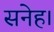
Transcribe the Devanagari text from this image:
सनेह।